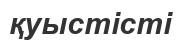
қуыстісті